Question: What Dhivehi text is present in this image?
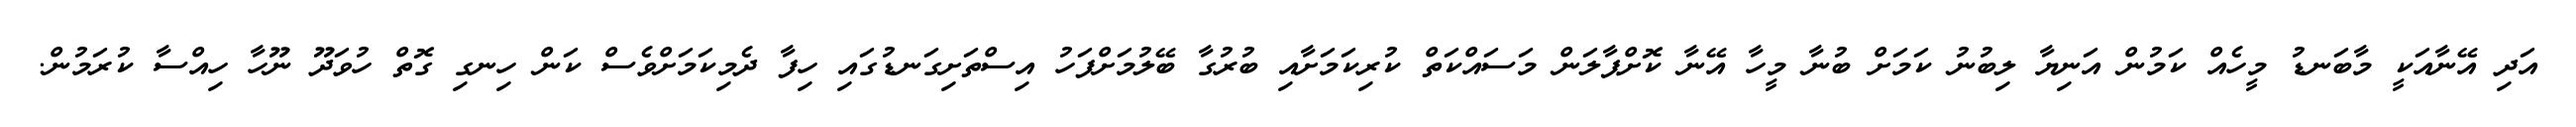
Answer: އަދި އޭނާއަކީ މާބަނޑު މީހެއް ކަމުން އަނިޔާ ލިބުނު ކަމަށް ބުނާ މީހާ އޭނާ ކޮށްޕާލަން މަސައްކަތް ކުރިކަމަށާއި ބުރުގާ ބޭލުމަށްފަހު އިސްތަށިގަނޑުގައި ހިފާ ދެމިކަމަށްވެސް ކަން ހިނގި ގޮތް ހުވަދޫ ނޫހާ ހިއްސާ ކުރަމުން.